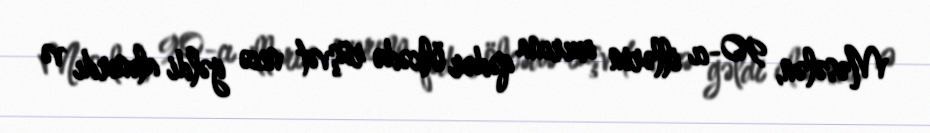
Məsələn, 90-cı illərin axırına qədər ölkədə rüşvət necə gəldi alınırdı və